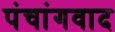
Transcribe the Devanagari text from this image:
पंचांगवाद